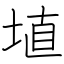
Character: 埴